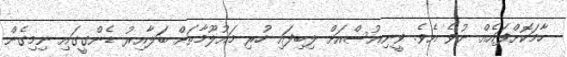
ހާމަކޮށްފައެއް ނުވެ އެވެ. ވީނިއުސްއަށް ލިބިފައި ހުރި މައުލޫމާތަށް ބަލާއިރު ޑެންގީގައި ނިމިގެން